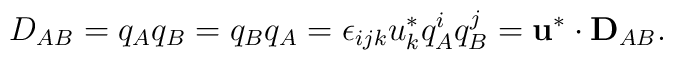
D_{AB} = q_{A} q_{B} = q_{B} q_{A} = \epsilon_{ijk} u_{k}^{*}     q_{A}^{i} q_{B}^{j} = {\bf u}^{*} \cdot{\bf D}_{AB} .